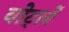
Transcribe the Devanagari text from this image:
वोर्ट्ले